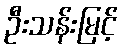
ဦးသန်းမြင့်